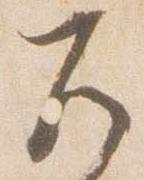
兀